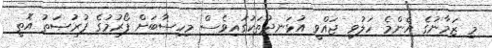
މި ޒަމާނުގެ އެންމެ ހަލުވި ޖައްވީ އުޅަނދުތަކުގައިވެސް މިހިސާބަށް ފޯރުމުގެ ފުރުޞަތު އޮތީ